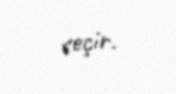
seçir.